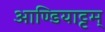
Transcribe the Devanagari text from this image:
आण्डियाट्टम्